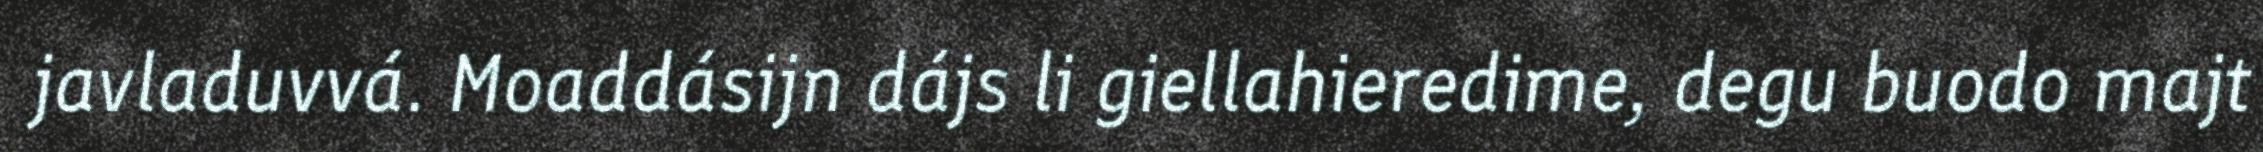
javladuvvá. Moaddásijn dájs li giellahieredime, degu buodo majt